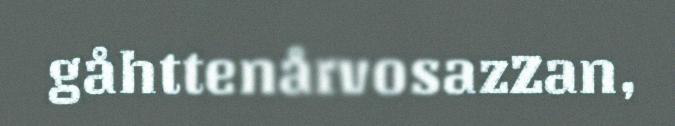
gåhttenårvosazZan,